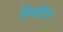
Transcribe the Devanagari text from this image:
हिमशीला